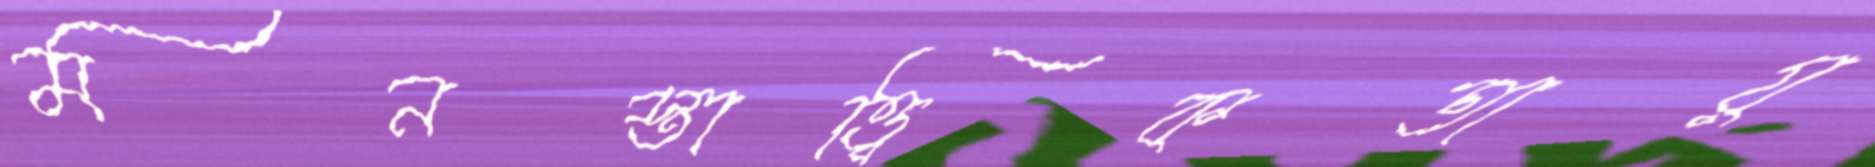
মনস্তাত্ত্বিকতায়